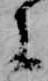
に